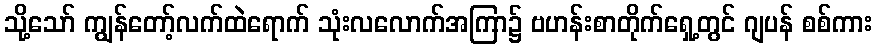
သို့သော် ကျွန်တော့်လက်ထဲရောက် သုံးလလောက်အကြာ၌ ဗဟန်းစာတိုက်ရှေ့တွင် ဂျပန် စစ်ကား